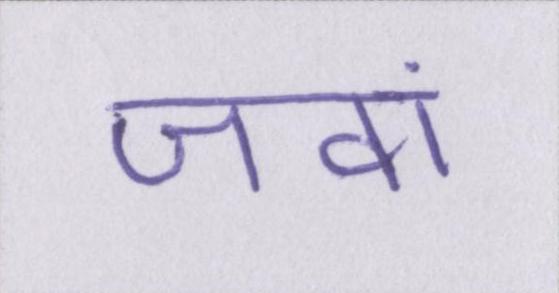
जवां